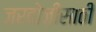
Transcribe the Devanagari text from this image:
ज़रदोज़ीसाठी